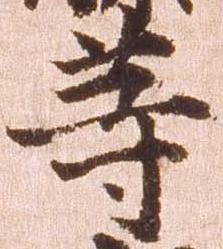
等